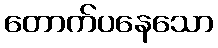
တောက်ပနေသော